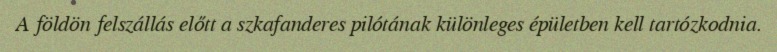
A földön felszállás előtt a szkafanderes pilótának különleges épületben kell tartózkodnia.